Jaan_Tonisson_(Lasteleht), lk 239
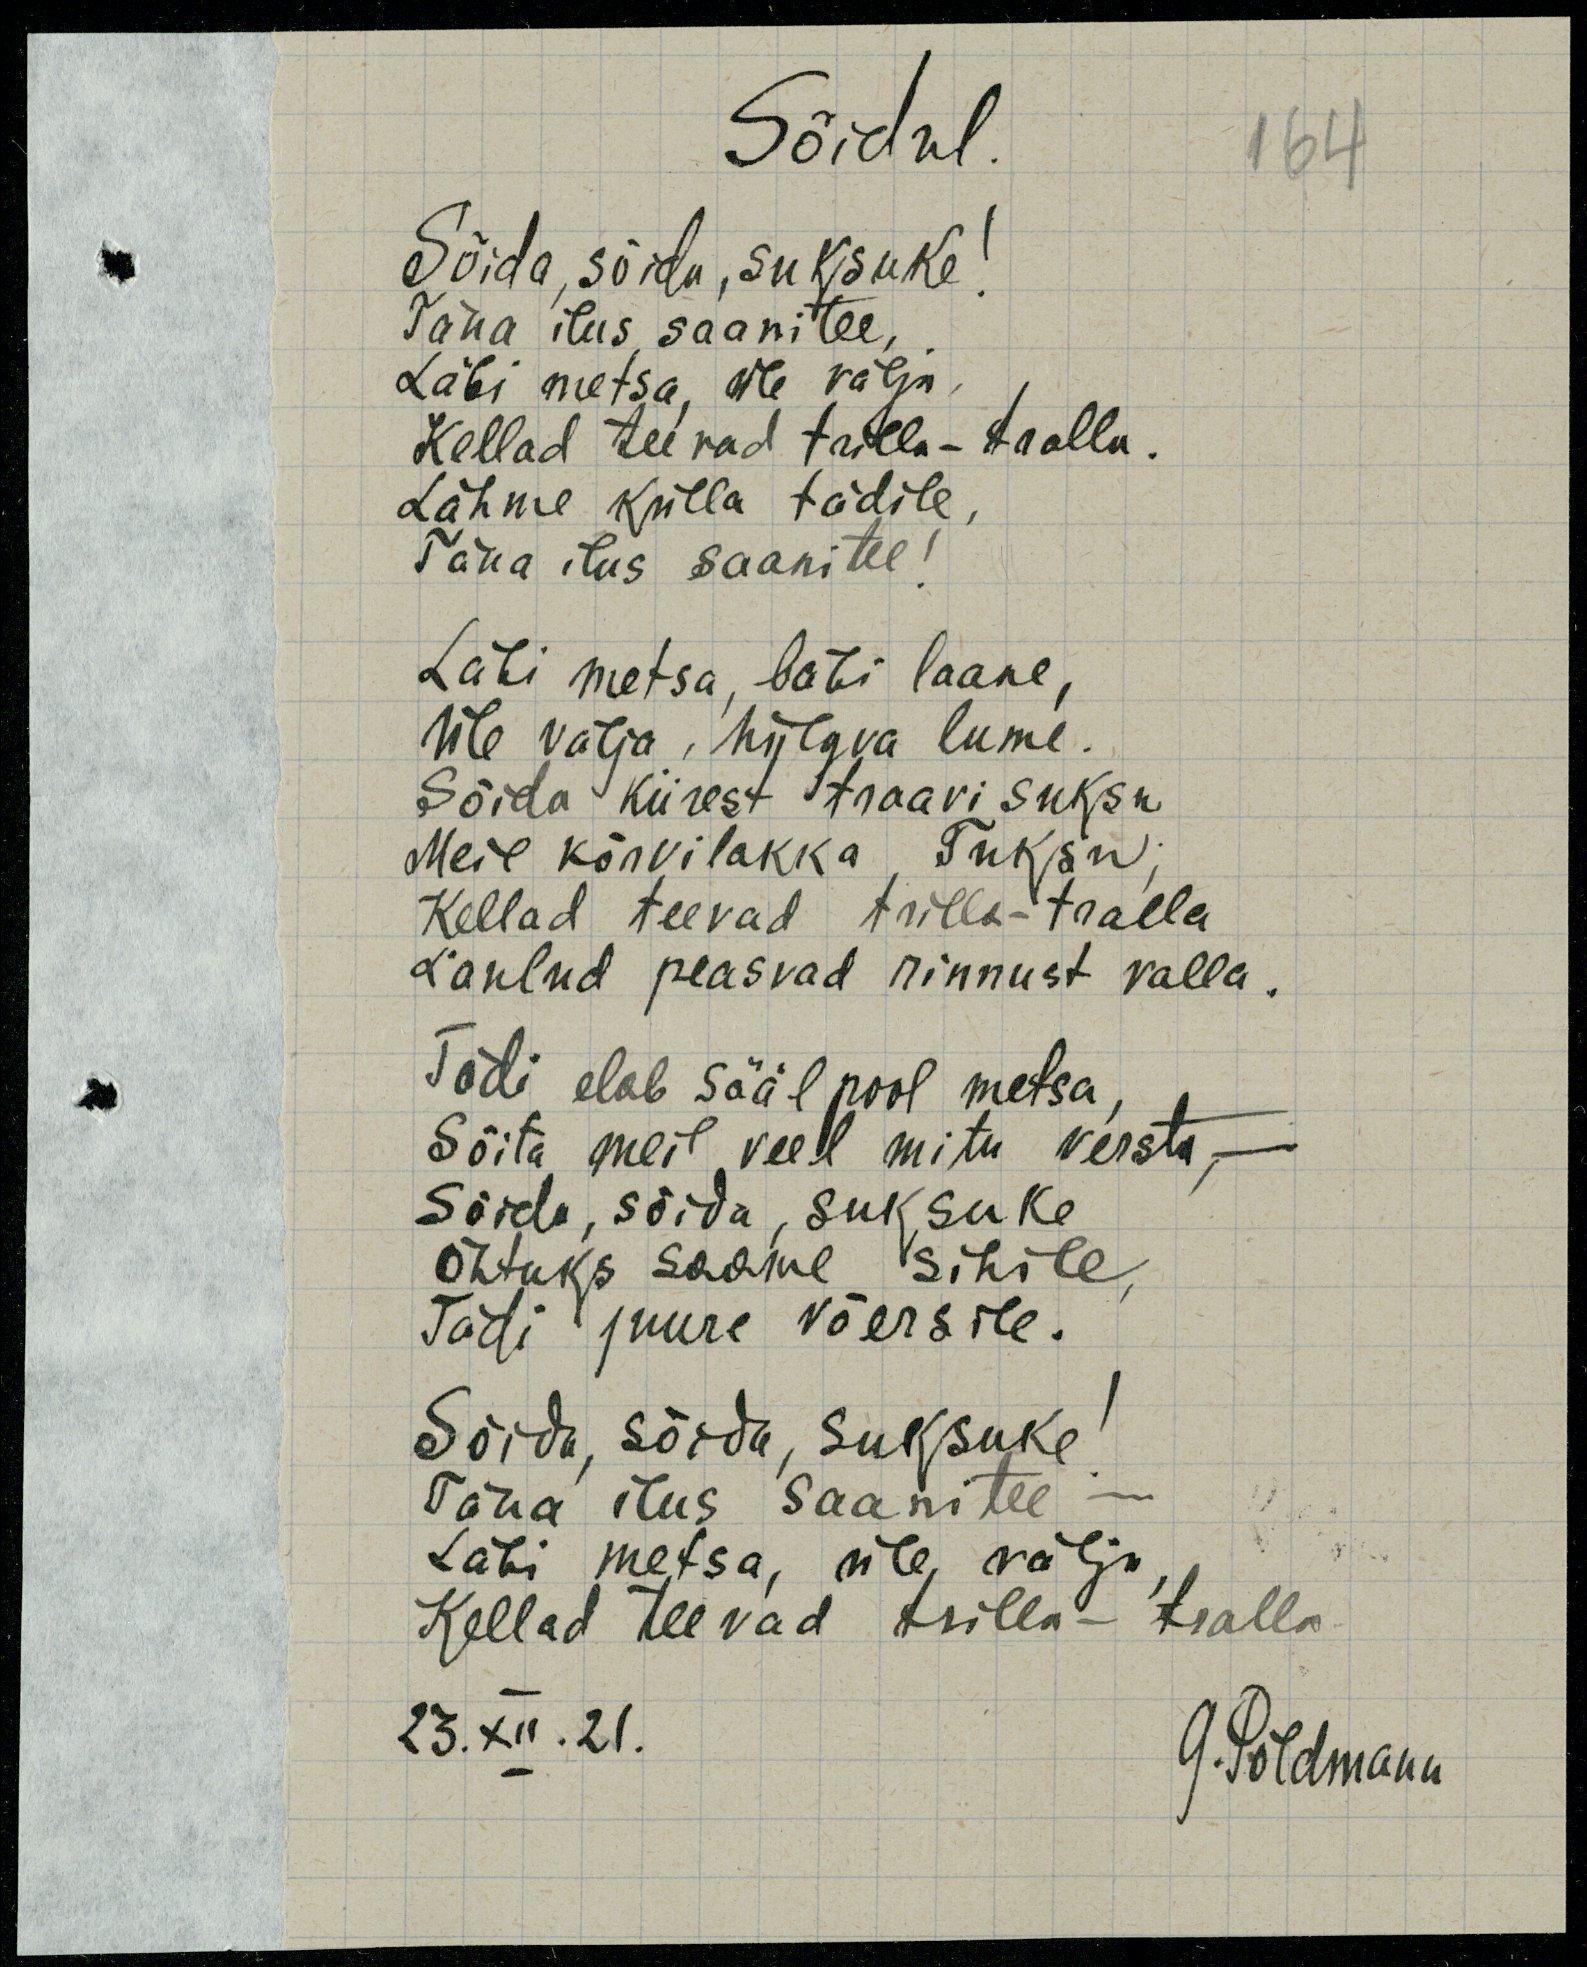
Sõidul
Sõida, sõida, su kisuke!
Täna ilus saanitee,
Läbi metsa, üle välja
Kellad teevad trilla-tralla.
Lähme külla tädile
Täna ilus saanitee!
Läbi metsa, läbi laane,
üle välja, hiilgava lume.
Sõida kiirest traavi suksu
Meil kõrvilakka tuksun;
Kellad teevad trilla-tralla
laulud peasvad rinnust valla.
Tädi elab sääl pool metsa,
sõita meil veel mitu versta,
sõida, sõida, suksuke
Õhtuks saame sihile,
tädi juure võersile.
Sõida, sõida, suksuke
Täna ilus saanitee
Läbi metsa, üle välja
Kellad teevad trilla-tralla
G.Põldmann